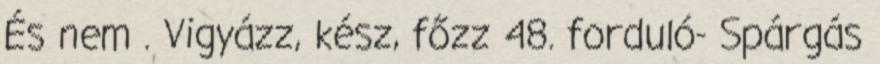
És nem . Vigyázz, kész, főzz 48. forduló- Spárgás